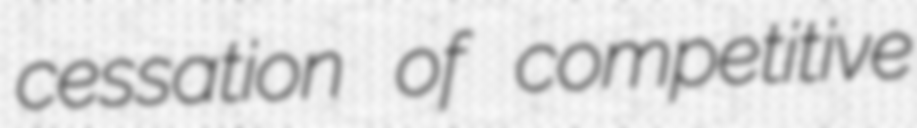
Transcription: cessation of competitive